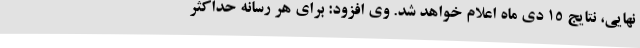
نهایی، نتایج 15 دی ماه اعلام خواهد شد. وی افزود: برای هر رسانه حداکثر